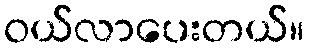
ဝယ်လာပေးတယ်။